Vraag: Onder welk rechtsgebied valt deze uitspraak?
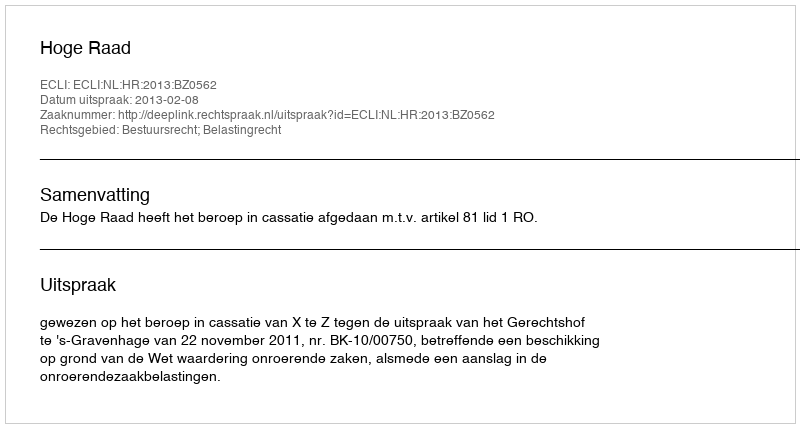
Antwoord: Bestuursrecht; Belastingrecht